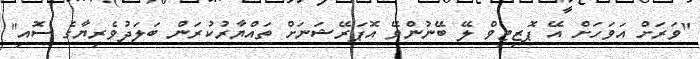
"ވަރަށް އަވަހަށް އޭ ޕޮޒިޓިވް ލޭ ބޭނުންވޭ އޮޕަރޭޝަނަށް ތައްޔާރުކުރަން ބަލަދުވެރިޔާގެ ސޮއި"